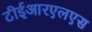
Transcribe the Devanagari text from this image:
टीईआरएलएस